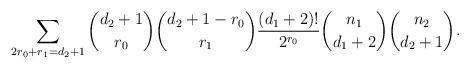
LaTeX: \begin{align*}\sum_{2r_0+r_1=d_2+1} {d_2+1 \choose r_0} {d_2+1-r_0 \choose r_1} \frac{(d_1+2)!}{2^{r_0}} {n_1 \choose d_1+2} {n_2 \choose d_2+1}. \end{align*}